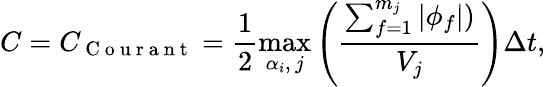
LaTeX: C=C_{\mathrm{~C~o~u~r~a~n~t~}}=\frac{1}{2}\operatorname*{max}_{\alpha_{i},\, j}\left(\frac{\sum_{f=1}^{m_{j}}|\phi_{f}|)}{V_{j}}\right)\Delta t,